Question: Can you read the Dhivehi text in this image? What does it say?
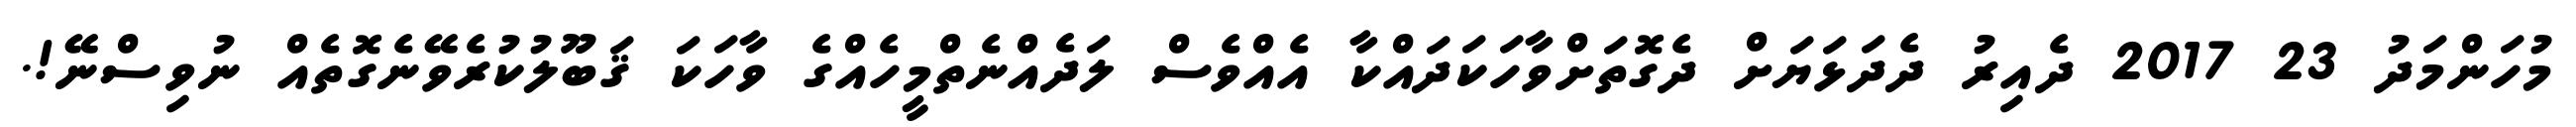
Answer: މުހަންމަދު 23 2017 ދެއިރު ދެދަޅަޔަށް ދެގޮތަށްވާހަކަދައްކާ އެއްވެސް ލަދެއްނެތްމީހެއްގެ ވާހަކަ ޤަބޫލުކުރެވޭނެގޮތެއް ނުވިސްނޭ!.